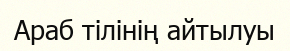
Араб тілінің айтылуы